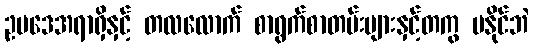
ဥပဒေအရာရှိနှင့် တလလောက် စာရွက်စာတမ်းများနှင့်တကွ မနိုင်ဘဲ